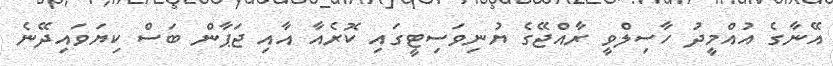
އޭނާގެ އުއްމީދު ހާސިލްވީ ރާއްޖޭގެ ޔުނިވަސިޓީގައި ކޮރެއާ އާއި ޖަޕާން ބަސް ކިޔަވައިދޭނެ